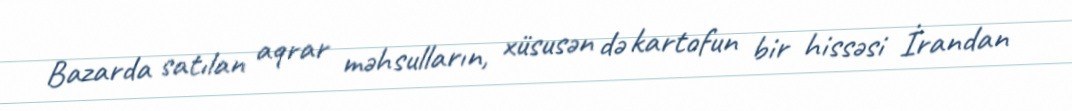
Bazarda satılan aqrar məhsulların, xüsusən də kartofun bir hissəsi İrandan